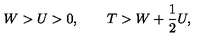
W > U > 0 , \qquad T > W + \frac { 1 } { 2 } U ,